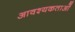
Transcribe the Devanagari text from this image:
आवश्यकताआें